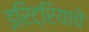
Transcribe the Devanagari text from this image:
इरिट्रियाचे